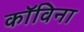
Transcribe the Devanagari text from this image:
कॉविना